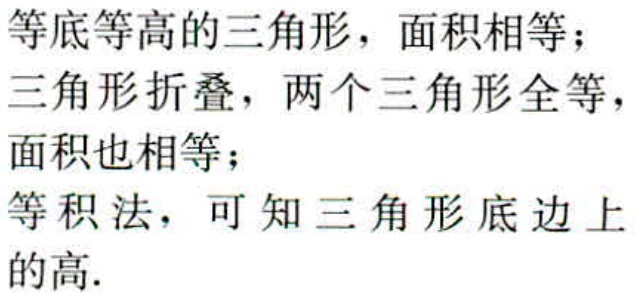
等底等高的三角形，面积相等；
三角形折叠，两个三角形全等，
面积也相等；
等积法，可知三角形底边上
的高.